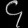
Digit: ၄